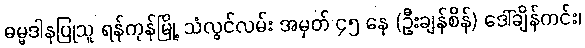
ဓမ္မဒါနပြုသူ ရန်ကုန်မြို့ သံလွင်လမ်း အမှတ် ၄၅ နေ (ဦးချန်စိန်) ဒေါ်ချိန်ကင်း၊